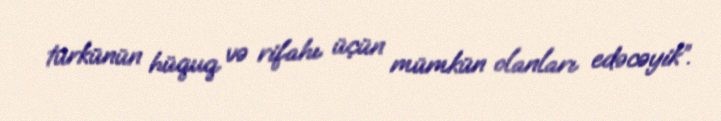
türkünün hüquq və rifahı üçün mümkün olanları edəcəyik”.